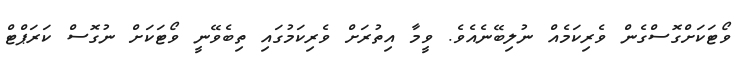
ވޯޓަކަށްގޮސްގެން ވެރިކަމެއް ނުލިބޭނެއެވެ. ވީމާ އިތުރަށް ވެރިކަމުގައި ތިބެވޭނީ ވޯޓަކަށް ނުގޮސް ކަރަޕްޓް